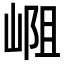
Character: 𪩁